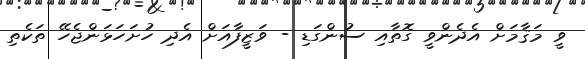
ވީ މަޤާމަށް އެދެންވީ ގޮތާއި ސުންގަޑި - ވަޒީފާއަށް އެދި ހުށަހަޅަންޖެހޭ ތަކެތި